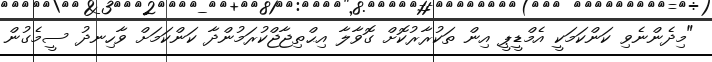
"މިދެންނެވި ކަންކަމަކީ އެމްޑީޕީ އިން ތަކުރާރުކޮށް ގޮވާލާ އިޙްތިޖާޖްކުރަމުންދާ ކަންކަމަށް ވާހިނދު ސީމެގުން